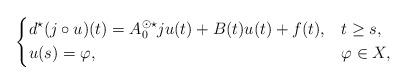
LaTeX: \begin{align*} \begin{dcases} d^\star (j \circ u)(t) = A_0^{\odot \star}ju(t) + B(t)u(t) + f(t), &t \geq s, \\ u(s) = \varphi, & \varphi \in X, \end{dcases}\end{align*}